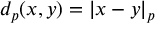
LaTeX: d _ { p } ( x , y ) = | x - y | _ { p }